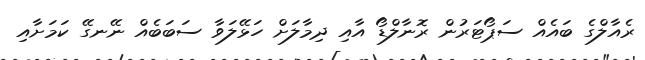
ރެއާލްގެ ބައެއް ސަޕޯޓަރުން ރޮނާލްޑޯ އާއި ދިމާލަށް ހަޅޭލަވާ ސަބަބެއް ނޭނގޭ ކަމަށާއި